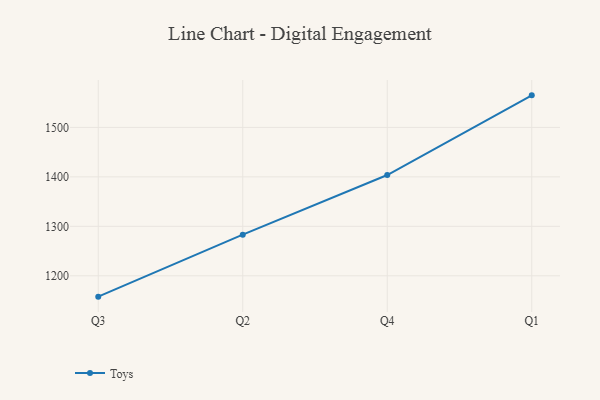
{"axis": {"x": "Quarter", "y": "Gross Profit (USD K)"}, "legend": ["Toys"], "data": [{"x": "Q3", "y": 1157.8, "type": "Toys"}, {"x": "Q2", "y": 1283.1, "type": "Toys"}, {"x": "Q4", "y": 1403.7, "type": "Toys"}, {"x": "Q1", "y": 1564.8, "type": "Toys"}]}